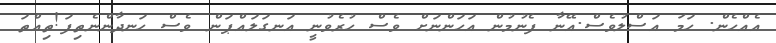
އެެއްހެން. ހަމަ އަސްލުވެސް.އޭނާ ފެނުމުން އަހަންނަށް ވެސް ހުރެވުނީ އަނގަލައްޕަން ވެސް ހަނދާންނެތިފަ!ތިއްތަ